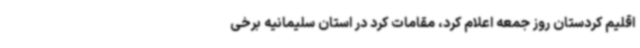
اقلیم کردستان روز جمعه اعلام کرد، مقامات کرد در استان سلیمانیه برخی